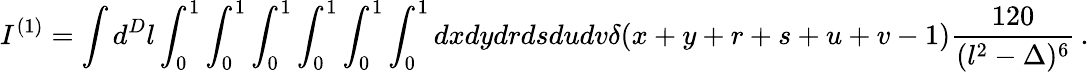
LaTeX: I^{(1)}=\int d^{D}l\int_{0}^{1}\int_{0}^{1}\int_{0}^{1}\int_{0}^{1}\int_{0}^{1}\int_{0}^{1}dxdydrdsdudv\delta(x+y+r+s+u+v-1)\frac{120}{(l^{2}-\Delta)^{6}}\, .